Black-water fever - Number 35
Disease focus: Fever
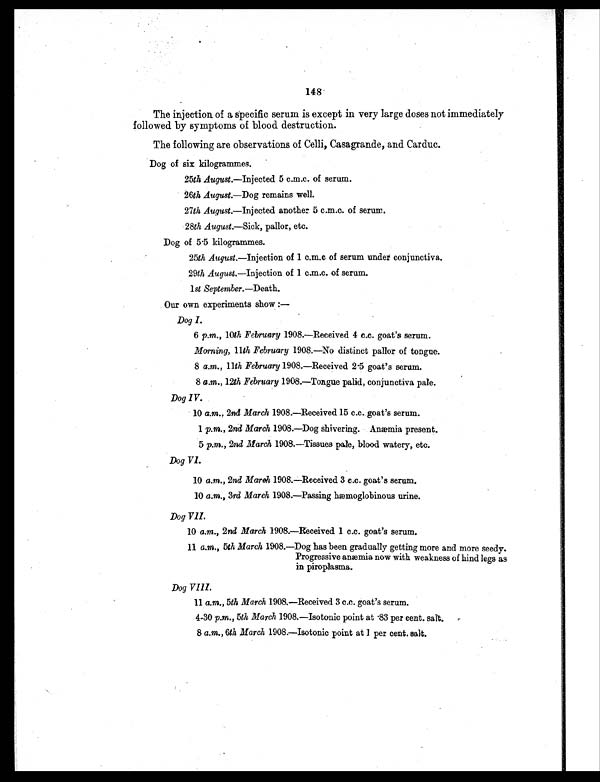
148
The injection of a specific serum is except in very large doses not immediately
followed by symptoms of blood destruction.
The following are observations of Celli, Casagrande, and Carduc.
Dog of six kilogrammes.
25th August.—Injected 5 c.m.c. of serum.
26th August.—Dog remains well.
27th August.—Injected another 5 c.m.c. of serum.
28th August—Sick, pallor, etc.
Dog of 5.5 kilogrammes.
25th August.—Injection of 1 c.m.c of serum under conjunctiva
.
29th August. —Injection of 1 c.m.c. of serum.
1st September.—Death.
Our own experiments show :-
Dog I.
6 p.m., 10th February 1908.—Received 4 c.c. goat's serum.
Morning, 11th February 1908.—No distinct pallor of tongue.
8 a.m., 11th February 1908.—Received 2.5 goat's serum.
8 a.m ., 12th February 1908.—Tongue paid, conjunctiva pale.
Dog IV.
10 a.m. , 2nd March 1908.—Received 15 c.c. goat's serum.
1 p.m. , 2nd March 1908.—Dog shivering. Anæmia present.
5 p.m. , 2nd March 1908.—Tissues pale, blood watery, etc.
Dog VI.
10 a.m., 2nd March 1908.—Received 3 c.c. goat's serum.
10 a.m., 3rd March 1908.—Passing hæmoglobinous urine.
Dog VII.
10 a.m., 2nd March 1908.—Received 1 c.c. goat's serum.
11 a.m., 5th March 1908.—Dog has been gradually getting more and more seedy.
Progressive anæmia now with weakness of hind legs as
in piroplasma.
Dog VIII.
11
a.m., 5th March 1908.—Received 3 c.c. goat's serum.
4-30 p.m., 5th March 1908.—Isotonic point at .83 per cent, salt.
8 a.m., 6th March 1908.—Isotonic point at 1 per cent. salt.